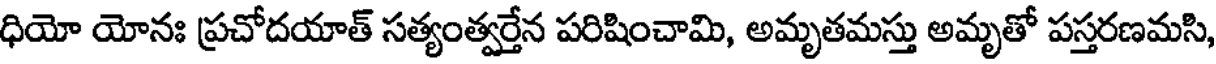
ధియో యోనః ప్రచోదయాత్ సత్యంత్వర్తేన పరిషించామి, అమృతమస్తు అమృతో పస్తరణమసి,